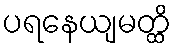
ပရနေယျမတ္ထိ